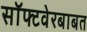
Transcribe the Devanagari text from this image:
सॉफ्टवेरबाबत